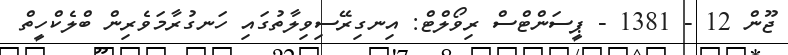
ޖޫން 12 - 1381 - ޕީސަންޓްސް ރިވޯލްޓް: އިނގިރޭސިވިލާތުގައި ހަނގުރާމަވެރިން ބްލެކްހީތް